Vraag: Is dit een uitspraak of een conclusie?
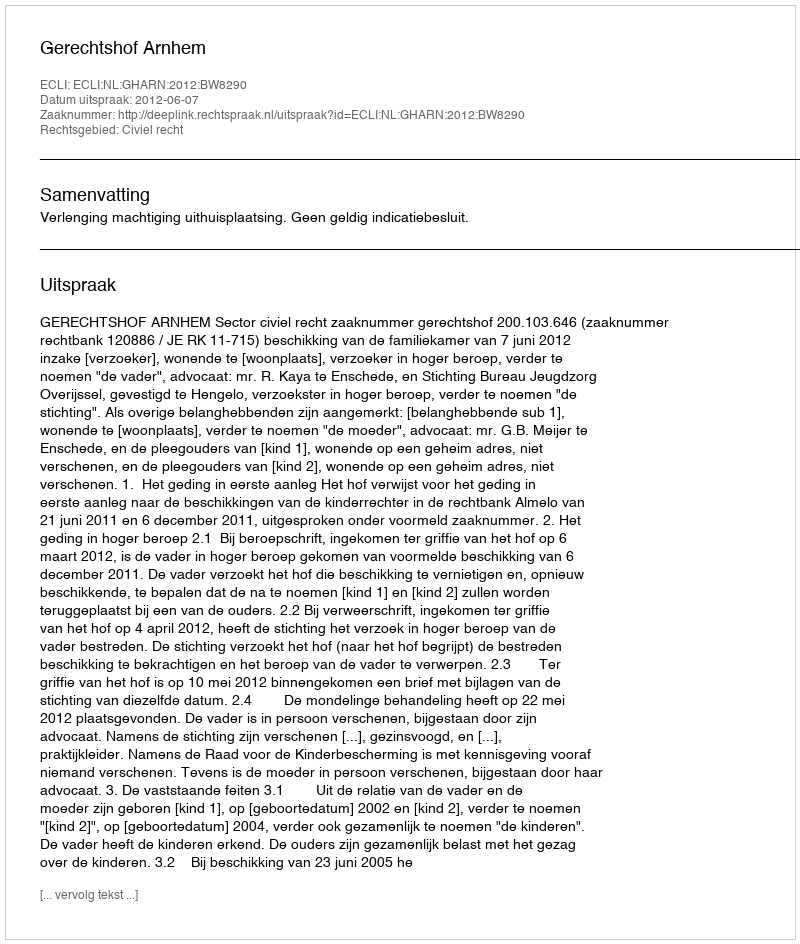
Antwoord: Uitspraak